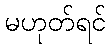
မဟုတ်ရင်